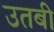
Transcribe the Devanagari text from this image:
उतबी